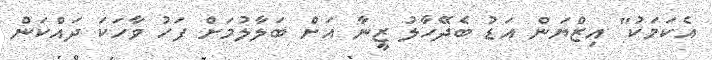
އެކަމަކު" އިޒްޔަން އަޑު ބެދޭހާލު ޒީނާ އަށް ބަލާލުމަށް ފަހު ވާހަކަ ދައްކަން